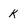
Character: k